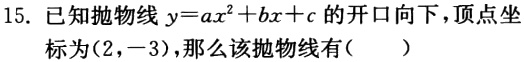
15. 已知抛物线$y = ax^{2}+bx + c$的开口向下，顶点坐标为$(2,-3)$，那么该抛物线有（  ）